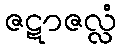
ဇဋာဇလ္လံ